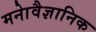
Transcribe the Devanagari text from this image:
मनाेवैज्ञानिक